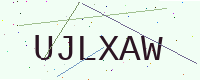
Text: UJLXAW